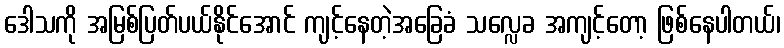
ဒေါသကို အမြစ်ပြတ်ပယ်နိုင်အောင် ကျင့်နေတဲ့အခြေခံ သလ္လေခ အကျင့်တော့ ဖြစ်နေပါတယ်၊